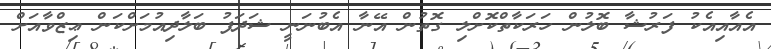
އެއާއިއެކު ފަރުޝާ ބޮލުން ހަރަކާތްކޮށްލި ގޮތުން އޭނާ އެބުނަނީ ޝަދަފު ބަލާދިއުމަށްކަން ޢިޒްވާއަށް